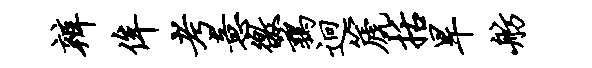
辨侔考意徼鹑迥篪括旱舫